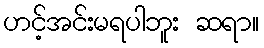
ဟင့်အင်းမရပါဘူး ဆရာ။